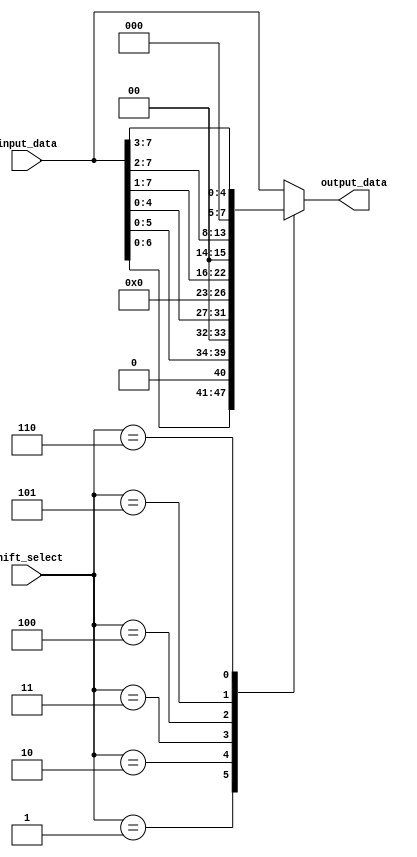
module Circular_Barrel_Shifter (
    input [7:0] input_data,
    input [2:0] shift_select,
    output reg [7:0] output_data
);

always @* begin
    case (shift_select)
        3'b000: output_data = input_data; // no shift
        3'b001: output_data = input_data << 1; // shift left by 1 bit
        3'b010: output_data = input_data << 2; // shift left by 2 bits
        3'b011: output_data = input_data << 3; // shift left by 3 bits
        3'b100: output_data = input_data >> 1; // shift right by 1 bit
        3'b101: output_data = input_data >> 2; // shift right by 2 bits
        3'b110: output_data = input_data >> 3; // shift right by 3 bits
        default: output_data = input_data; // default case, no shift
    endcase
end

endmodule